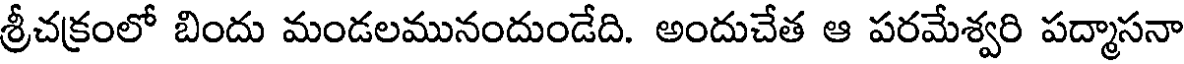
శ్రీచక్రంలో బిందు మండలమునందుండేది. అందుచేత ఆ పరమేశ్వరి పద్మాసనా